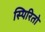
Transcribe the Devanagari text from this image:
स्पिरितो